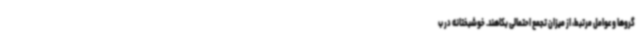
گروها و عوامل مرتبط، از میزان تجمع احتمالی بکاهند. خوشبختانه در ب